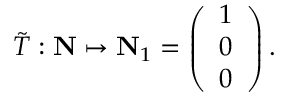
{ \tilde { T } } : { \bf N } \mapsto { \bf N } _ { 1 } = \left( \begin{array} { c } { { 1 } } \\ { { 0 } } \\ { { 0 } } \end{array} \right) .